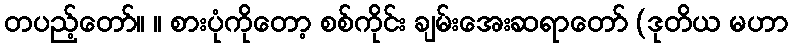
တပည့်တော်။ ။ စားပုံကိုတော့ စစ်ကိုင်း ချမ်းအေးဆရာတော် (ဒုတိယ မဟာ